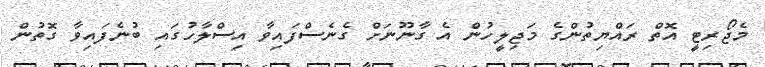
މެޖޯރިޓީ އޮތް ރައްޔިތުންގެ މަޖިލީހުން އެ ގާނޫނަށް ގެނެސްފައިވާ އިސްލާހުގައި ބުނެފައިވާ ގޮތުން